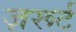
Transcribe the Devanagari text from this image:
ज़रूर्ट